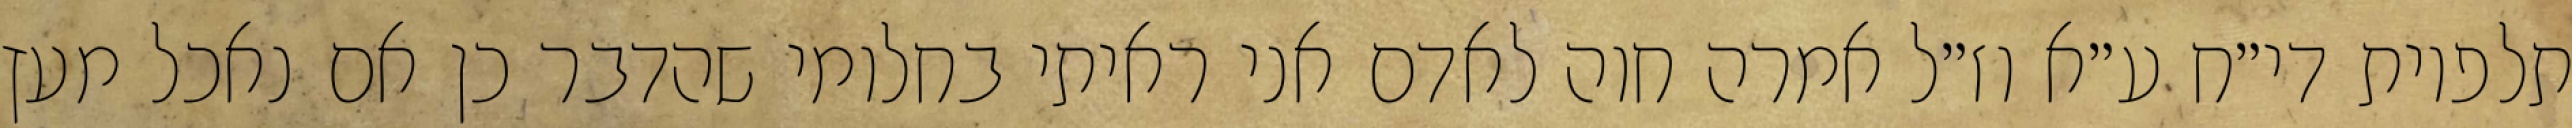
תלפיות די״ח ע״א וז״ל אמרה חוה לאדם אני ראיתי בחלומי שהדבר כן אם נאכל מעץ